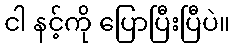
ငါ နင့်ကို ပြောပြီးပြီပဲ။